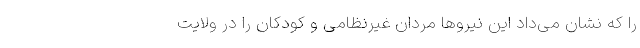
را که نشان می‌داد این نیروها مردان غیرنظامی و کودکان را در ولایت